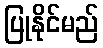
ပြုနိုင်မည်